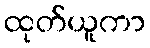
ထုတ်ယူကာ